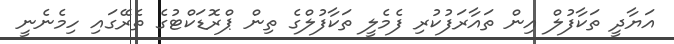
އަޔާދީ ތަކާފުލް އިން ތައާރަފުކުރި ފެމެލީ ތަކާފުލްގެ ތިން ޕްރޮޑަކްޓުގެ ތެރޭގައި ހިމެނެނީ